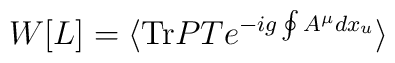
W[L]=\langle {\rm Tr} P T e^{-ig\oint A^\mu dx_u}\rangle